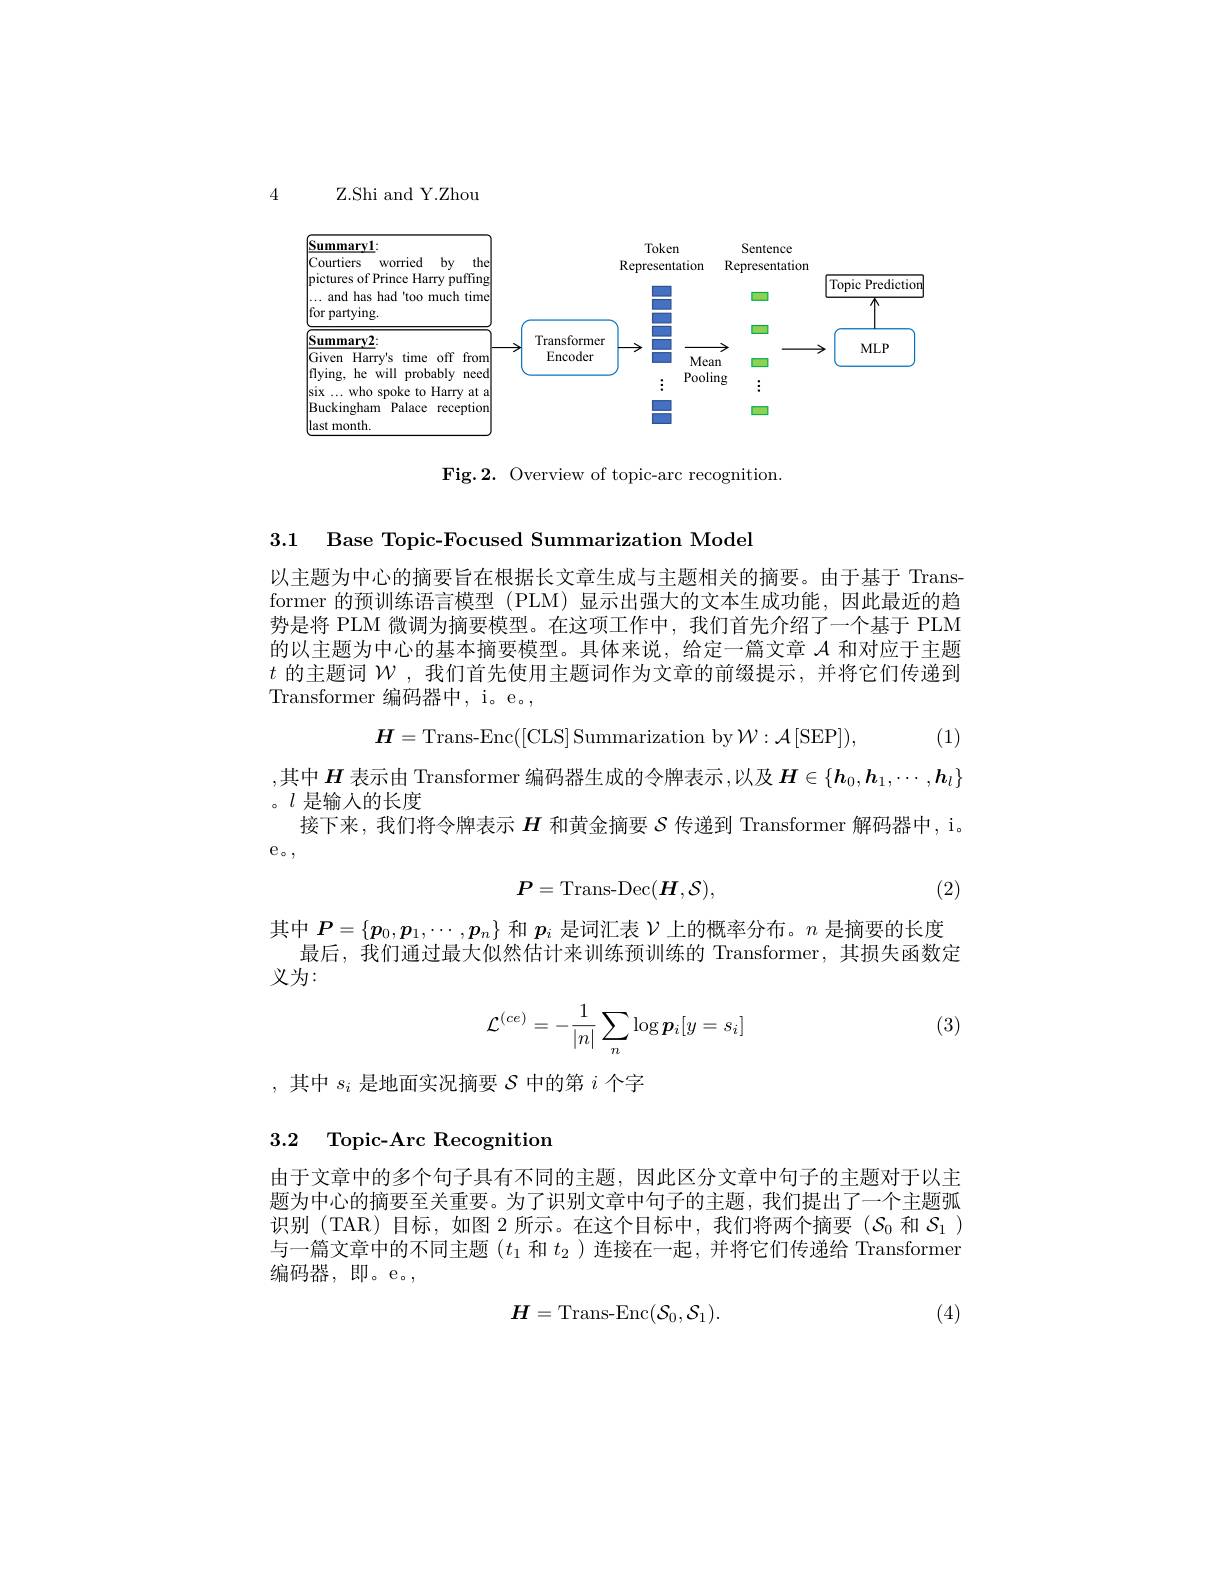
<FigureHere>

Fig.2. Overview of topic-arc recognition.

3.1 Base Topic-Focused Summarization Model

以主题为中心的摘要旨在根据长文章生成与主题相关的摘要。由于基于 Transformer 的预训练语言模型 (PLM) 显示出强大的文本生成功能，因此最近的趋势是将 PLM 微调为摘要模型。在这项工作中，我们首先介绍了一个基于 PLM 的以主题为中心的基本摘要模型。具体来说，给定一篇文章$\mathcal{A}$和对应于主题$t$的主题词$\mathcal{W}$ ,我们首先使用主题词作为文章的前缀提示，并将它们传递到Transformer 编码器中，i。e。,

(1)

,其中$H$表示由 Transformer 编码器生成的令牌表示，以及$H\in\{\boldsymbol{h}_0,\boldsymbol{h}_1,\cdots,\boldsymbol{h}_l\}$
$$\boldsymbol{H}=\mathrm{Trans-Enc}([\mathrm{CLS}]\:\mathrm{Summarization~by}\:\mathcal{W}:\mathcal{A}\:[\mathrm{SEP}]),$$
。$l$是输入的长度
接下来，我们将令牌表示$H$和黄金摘要$\mathcal{S}$传递到 Transformer 解码器中，i。
$e_{\circ}$,
$$P=\mathrm{Trans-Dec}(\boldsymbol{H},\mathcal{S}),$$
(2)

义为：

(3)
$$\mathcal{L}^{(ce)}=-\frac{1}{|n|}\sum_n\log\boldsymbol{p}_i[y=s_i]$$
,其中$s_i$是地面实况摘要$\mathcal{S}$中的第$i$个字

## 3.2 Topic-Arc Recognition

由于文章中的多个句子具有不同的主题，因此区分文章中句子的主题对于以主题为中心的摘要至关重要。为了识别文章中句子的主题，我们提出了一个主题弧识别(TAR)目标，如图2所示。在这个目标中，我们将两个摘要($S_0$和$S_1$ ) 与一篇文章中的不同主题$(t_1$和$t_2$ )连接在一起，并将它们传递给 Transformer 编码器，即。e。,

(4)
$$H=\operatorname{Trans-Enc}(\mathcal{S}_{0},\mathcal{S}_{1}).$$